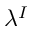
\lambda ^ { I }